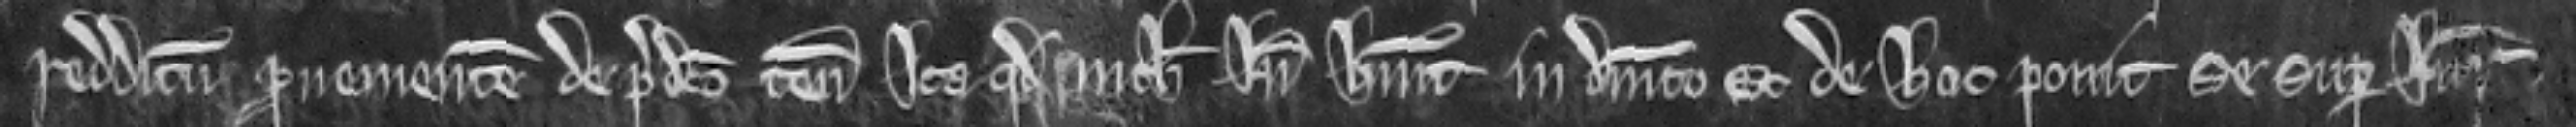
redditum provenientem de predicto tenemento ita quod nichil inde habuit in dominico. Et de hoc ponit se super juratam.